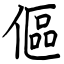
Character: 傴